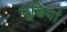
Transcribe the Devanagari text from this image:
चूडि़यां